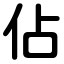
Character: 佔